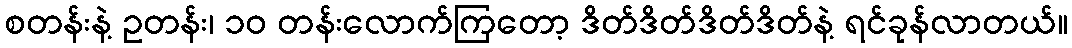
စတန်းနဲ့ ဥတန်း၊ ၁၀ တန်းလောက်ကြတော့ ဒိတ်ဒိတ်ဒိတ်ဒိတ်နဲ့ ရင်ခုန်လာတယ်။